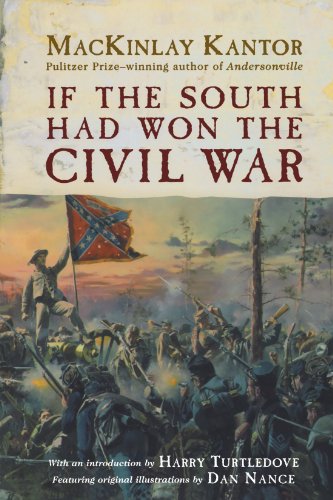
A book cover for If The South Had Won The Civil War; MacKinlay Kantor; Science Fiction & Fantasy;